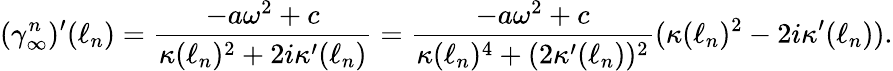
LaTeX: (\gamma_{\infty}^{n})^{\prime}(\ell_{n})=\frac{-a\omega^{2}+c}{\kappa(\ell_{n})^{2}+2i\kappa^{\prime}(\ell_{n})}=\frac{-a\omega^{2}+c}{\kappa(\ell_{n})^{4}+(2\kappa^{\prime}(\ell_{n}))^{2}}(\kappa(\ell_{n})^{2}-2i\kappa^{\prime}(\ell_{n})).